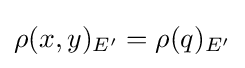
\rho (x,y)_{E'}=\rho (q)_{E'}